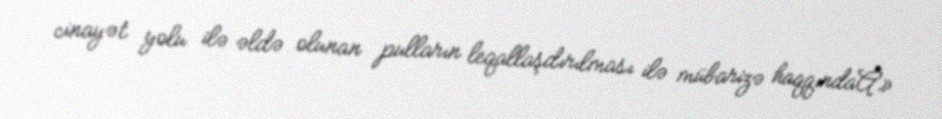
cinayət yolu ilə əldə olunan pulların leqallaşdırılması ilə mübarizə haqqındaÂ»